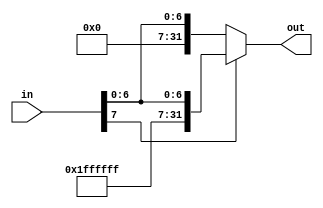
/***************************************************
 * Modulo: signEx16
 * Projeto: mips32
 * Descrio: Extende o sinal de um numero de 16 para
 * 32 bits.
 ***************************************************/
module signEx8(in, out);
	input[7:0] in;
	output[31:0] out;
			
	assign out = (in[7]==1'b1) ? {24'b111111111111111111111111, in} : {24'b000000000000000000000000, in};
endmodule